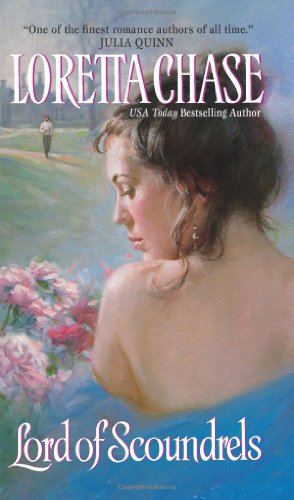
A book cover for Lord of Scoundrels; Loretta Chase; Romance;